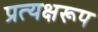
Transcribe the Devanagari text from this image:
प्रत्यक्षरूप